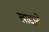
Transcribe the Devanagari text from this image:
खाद्दानो